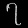
Digit: ၇